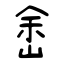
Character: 峹